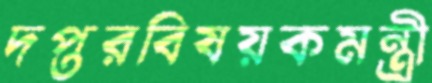
দপ্তরবিষয়কমন্ত্রী